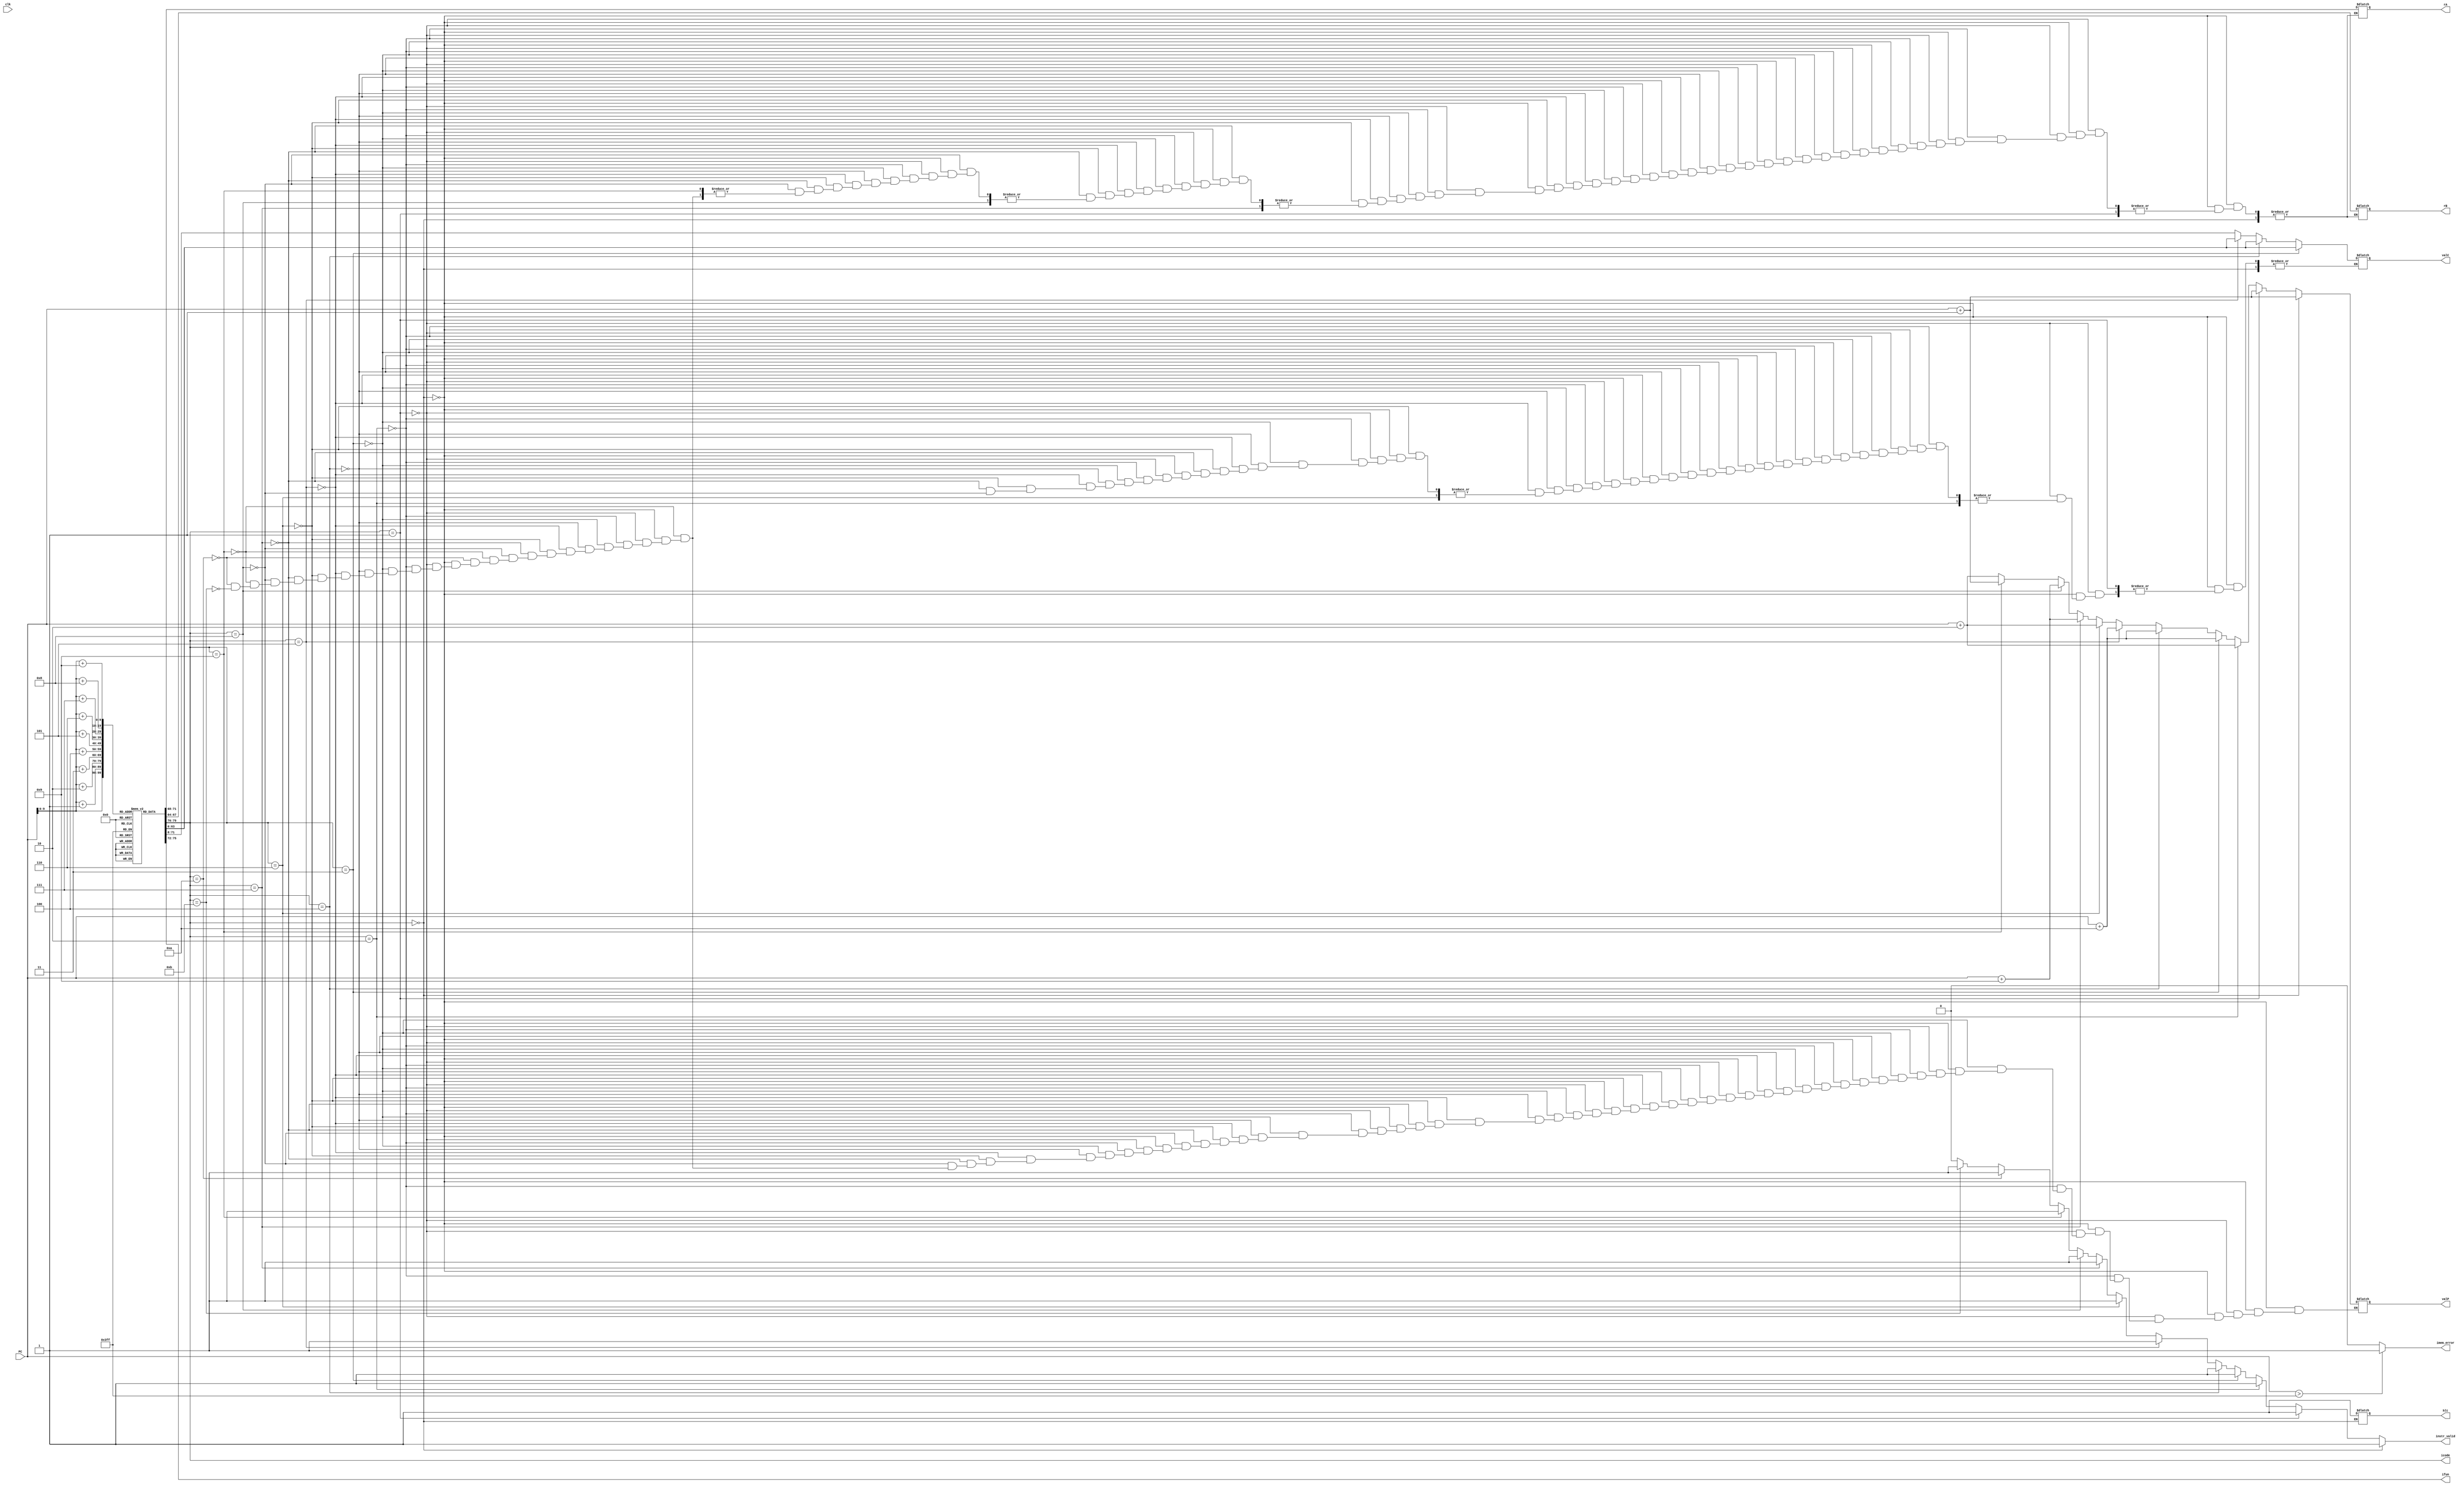
`timescale 1ns / 1ps

module fetch(
  clk,PC,
  icode,ifun,rA,rB,valC,valP,instr_valid,imem_error,hlt
);

  input clk;
  input [63:0] PC;
  output reg [3:0] icode;
  output reg [3:0] ifun;
  output reg [3:0] rA;
  output reg [3:0] rB; 
  output reg [63:0] valC;
  output reg [63:0] valP;
  output reg instr_valid;
  output reg imem_error;
  output reg hlt;

  reg [7:0] instr_mem[0:1023];

  reg [0:79] instr;

  initial begin
  //Instruction memory

  // //cmovxx
  //   instr_mem[0]=8'b00100000; //2 fn
  //   instr_mem[1]=8'b00010011; //rA rB

  // //irmovq
  //   instr_mem[2]= 8'b00110000; //3 0
  //   instr_mem[3]= 8'b00000010; //F rB
  //   instr_mem[4]= 8'b00000000; //V
  //   instr_mem[5]= 8'b00000000; //V
  //   instr_mem[6]= 8'b00000000; //V
  //   instr_mem[7]= 8'b00000000; //V
  //   instr_mem[8]= 8'b00000000; //V
  //   instr_mem[9]= 8'b00000000; //V
  //   instr_mem[10]=8'b00000000; //V
  //   instr_mem[11]=8'b00010001; //V

  // //rmmovq
  //   instr_mem[12]=8'b01000000; //4 0
  //   instr_mem[13]=8'b01010010; //rA rB
  //   instr_mem[14]=8'b00000000; //D
  //   instr_mem[15]=8'b00000000; //D
  //   instr_mem[16]=8'b00000000; //D
  //   instr_mem[17]=8'b00000000; //D
  //   instr_mem[18]=8'b00000000; //D
  //   instr_mem[19]=8'b00000000; //D
  //   instr_mem[20]=8'b00000000; //D
  //   instr_mem[21]=8'b00000001; //D

  // //mrmovq
  //   instr_mem[22]=8'b01010000; //5 0
  //   instr_mem[23]=8'b01110010; //rA rB
  //   instr_mem[24]=8'b00000000; //D
  //   instr_mem[25]=8'b00000000; //D
  //   instr_mem[26]=8'b00000000; //D
  //   instr_mem[27]=8'b00000000; //D
  //   instr_mem[28]=8'b00000000; //D
  //   instr_mem[29]=8'b00000000; //D
  //   instr_mem[30]=8'b00000000; //D
  //   instr_mem[31]=8'b00000001; //D

  // //halt
  //   instr_mem[32]=8'b00000000; // 0 0
  
  instr_mem[31]=8'b00010000;
  //OPq
    instr_mem[32]=8'b01100000; //5 fn
    instr_mem[33]=8'b00100011; //rA rB

  //jxx
    instr_mem[34]=8'b01110000; //7 fn
    instr_mem[35]=8'b00000000; //Dest
    instr_mem[36]=8'b00000000; //Dest
    instr_mem[37]=8'b00000000; //Dest
    instr_mem[38]=8'b00000000; //Dest
    instr_mem[39]=8'b00000000; //Dest
    instr_mem[40]=8'b00000000; //Dest
    instr_mem[41]=8'b00000000; //Dest
    instr_mem[42]=8'b00100000; //Dest
  
  instr_mem[43]=8'b00010000; // 1 0
  instr_mem[44]=8'b00010000; // 1 0
  instr_mem[45]=8'b00010000; // 1 0
  instr_mem[46]=8'b00010000; // 1 0
  instr_mem[47]=8'b00010000; // 1 0
  instr_mem[48]=8'b00010000; // 1 0
  instr_mem[49]=8'b00010000; // 1 0
  
  //halt
    instr_mem[50]=8'b00000000; // 0 0
    
    // instr_mem[34]=8'b00010000; // 1 0
    // instr_mem[35]=8'b00010000; // 1 0

  // //cmovxx
  //   instr_mem[36]=8'b00100000; //2 fn
  //   instr_mem[37]=8'b00000100; //rA rB

  //   instr_mem[39]=8'b00010000; // 1 0
  //   instr_mem[40]=8'b00010000; // 1 0
  //   instr_mem[41]=8'b00010000; // 1 0
  //   instr_mem[42]=8'b00010000; // 1 0
  //   instr_mem[43]=8'b00010000; // 1 0
    // instr_mem[38]=8'b00010000; // 1 0
    // instr_mem[39]=8'b00010000; // 1 0
    // instr_mem[40]=8'b00010000; // 1 0
    // instr_mem[41]=8'b00010000; // 1 0
    // instr_mem[37]=8'b00010000; // 1 0

  


  // //call
  //   instr_mem[43]=8'b10000000; //8 0
  //   instr_mem[44]=8'b00000000; //Dest
  //   instr_mem[45]=8'b00000000; //Dest
  //   instr_mem[46]=8'b00000000; //Dest
  //   instr_mem[47]=8'b00000000; //Dest
  //   instr_mem[48]=8'b00000000; //Dest
  //   instr_mem[49]=8'b00000000; //Dest
  //   instr_mem[50]=8'b00000000; //Dest
  //   instr_mem[51]=8'b00000000; //Dest

  // //ret
  //   instr_mem[52]=8'b10010000; // 9 0
    
  // //pushq
  //   instr_mem[53]=8'b10100000; //A 0
  //   instr_mem[54]=8'b00000000; //rA F

  // //popq
  //   instr_mem[55]=8'b10110000; //B 0
  //   instr_mem[56]=8'b00000000; //rA F

  // //nop
  //   instr_mem[57]=8'b00010000; //1 0

  // //halt
  //   instr_mem[58]=8'b00000000; // 0 0

// //main:
//   //irmovq $0x0, %rax
//   instr_mem[0]=8'b00110000; //3 0
//   instr_mem[1]=8'b00000000; //F rB=0
//   instr_mem[2]=8'b00000000;           
//   instr_mem[3]=8'b00000000;           
//   instr_mem[4]=8'b00000000;           
//   instr_mem[5]=8'b00000000;           
//   instr_mem[6]=8'b00000000;           
//   instr_mem[7]=8'b00000000;           
//   instr_mem[8]=8'b00000000;          
//   instr_mem[9]=8'b00000000; //V=0
//   //irmovq $0x10, %rdx
//   instr_mem[10]=8'b00110000; //3 0
//   instr_mem[11]=8'b00000010; //F rB=2
//   instr_mem[12]=8'b00000000;           
//   instr_mem[13]=8'b00000000;           
//   instr_mem[14]=8'b00000000;           
//   instr_mem[15]=8'b00000000;           
//   instr_mem[16]=8'b00000000;           
//   instr_mem[17]=8'b00000000;           
//   instr_mem[18]=8'b00000000;          
//   instr_mem[19]=8'b00010000; //V=16
//   //irmovq $0xc, %rbx
//   instr_mem[20]=8'b00110000; //3 0
//   instr_mem[21]=8'b00000011; //F rB=3
//   instr_mem[22]=8'b00000000;           
//   instr_mem[23]=8'b00000000;           
//   instr_mem[24]=8'b00000000;           
//   instr_mem[25]=8'b00000000;           
//   instr_mem[26]=8'b00000000;           
//   instr_mem[27]=8'b00000000;           
//   instr_mem[28]=8'b00000000;          
//   instr_mem[29]=8'b00001100; //V=12
//   //jmp check
//   instr_mem[30]=8'b01110000; //7 fn
//   instr_mem[31]=8'b00000000; //Dest
//   instr_mem[32]=8'b00000000; //Dest
//   instr_mem[33]=8'b00000000; //Dest
//   instr_mem[34]=8'b00000000; //Dest
//   instr_mem[35]=8'b00000000; //Dest
//   instr_mem[36]=8'b00000000; //Dest
//   instr_mem[37]=8'b00000000; //Dest
//   instr_mem[38]=8'b00100111; //Dest=39

// // check:
//   // addq %rax, %rbx 
//   instr_mem[39]=8'b01100000; //5 fn
//   instr_mem[40]=8'b00000011; //rA=0 rB=3
//   // je rbxres  
//   instr_mem[41]=8'b01110011; //7 fn=3
//   instr_mem[42]=8'b00000000; //Dest
//   instr_mem[43]=8'b00000000; //Dest
//   instr_mem[44]=8'b00000000; //Dest
//   instr_mem[45]=8'b00000000; //Dest
//   instr_mem[46]=8'b00000000; //Dest
//   instr_mem[47]=8'b00000000; //Dest
//   instr_mem[48]=8'b00000000; //Dest
//   instr_mem[49]=8'b01111010; //Dest=122
//   // addq %rax, %rdx
//   instr_mem[50]=8'b01100000; //5 fn
//   instr_mem[51]=8'b00000010; //rA=0 rB=2
//   // je rdxres 
//   instr_mem[52]=8'b01110011; //7 fn=3
//   instr_mem[53]=8'b00000000; //Dest
//   instr_mem[54]=8'b00000000; //Dest
//   instr_mem[55]=8'b00000000; //Dest
//   instr_mem[56]=8'b00000000; //Dest
//   instr_mem[57]=8'b00000000; //Dest
//   instr_mem[58]=8'b00000000; //Dest
//   instr_mem[59]=8'b00000000; //Dest
//   instr_mem[60]=8'b01111101; //Dest=125
//   // jmp loop2 
//   instr_mem[61]=8'b01110000; //7 fn=0
//   instr_mem[62]=8'b00000000; //Dest
//   instr_mem[63]=8'b00000000; //Dest
//   instr_mem[64]=8'b00000000; //Dest
//   instr_mem[65]=8'b00000000; //Dest
//   instr_mem[66]=8'b00000000; //Dest
//   instr_mem[67]=8'b00000000; //Dest
//   instr_mem[68]=8'b00000000; //Dest
//   instr_mem[69]=8'b01000110; //Dest

// // loop2:
//   // rrmovq %rdx, %rsi 
//   instr_mem[70]=8'b00100000; //2 fn=0
//   instr_mem[71]=8'b00100110; //rA=2 rB=6
//   // rrmovq %rbx, %rdi
//   instr_mem[72]=8'b00100000; //2 fn=0
//   instr_mem[73]=8'b00110111; //rA=3 rB=7
//   // subq %rbx, %rsi
//   instr_mem[74]=8'b01100001; //5 fn=1
//   instr_mem[75]=8'b00110110; //rA=3 rB=6
//   // jge ab1  
//   instr_mem[76]=8'b01110001; //7 fn=5
//   instr_mem[77]=8'b00000000; //Dest
//   instr_mem[78]=8'b00000000; //Dest
//   instr_mem[79]=8'b00000000; //Dest
//   instr_mem[80]=8'b00000000; //Dest
//   instr_mem[81]=8'b00000000; //Dest
//   instr_mem[82]=8'b00000000; //Dest
//   instr_mem[83]=8'b00000000; //Dest
//   instr_mem[84]=8'b01100000; //Dest=96
//   // subq %rdx, %rdi 
//   instr_mem[85]=8'b01100001; //5 fn
//   instr_mem[86]=8'b00100111; //rA=2 rB=7
//   // jge ab2
//   instr_mem[87]=8'b01110001; //7 fn=5
//   instr_mem[88]=8'b00000000; //Dest
//   instr_mem[89]=8'b00000000; //Dest
//   instr_mem[90]=8'b00000000; //Dest
//   instr_mem[91]=8'b00000000; //Dest
//   instr_mem[92]=8'b00000000; //Dest
//   instr_mem[93]=8'b00000000; //Dest
//   instr_mem[94]=8'b00000000; //Dest
//   instr_mem[95]=8'b01101101; //Dest=109

// // ab1:
//   // rrmovq %rbx, %rdx
//   instr_mem[96]=8'b00100000; //2 fn=0
//   instr_mem[97]=8'b00110010; //rA=3 rB=2
//   // rrmovq %rsi, %rbx
//   instr_mem[98]=8'b00100000; //2 fn=0
//   instr_mem[99]=8'b01100011; //rA=6 rB=3
//   // jmp check
//   instr_mem[100]=8'b01110000; //7 fn=0
//   instr_mem[101]=8'b00000000; //Dest
//   instr_mem[102]=8'b00000000; //Dest
//   instr_mem[103]=8'b00000000; //Dest
//   instr_mem[104]=8'b00000000; //Dest
//   instr_mem[105]=8'b00000000; //Dest
//   instr_mem[106]=8'b00000000; //Dest
//   instr_mem[107]=8'b00000000; //Dest
//   instr_mem[108]=8'b00100111; //Dest=39

// // ab2:
//   // rrmovq %rbx, %rdx
//   instr_mem[109]=8'b00100000; //2 fn=0
//   instr_mem[110]=8'b00110010; //rA=3 rB=2
//   // rrmovq %rdi, %rbx
//   instr_mem[111]=8'b00100000; //2 fn=0
//   instr_mem[112]=8'b01110011; //rA=7 rB=3
//   // jmp check
//   instr_mem[113]=8'b01110000; //7 fn=0
//   instr_mem[114]=8'b00000000; //Dest
//   instr_mem[115]=8'b00000000; //Dest
//   instr_mem[116]=8'b00000000; //Dest
//   instr_mem[117]=8'b00000000; //Dest
//   instr_mem[118]=8'b00000000; //Dest
//   instr_mem[119]=8'b00000000; //Dest
//   instr_mem[120]=8'b00000000; //Dest
//   instr_mem[121]=8'b00100111; //Dest=39

// // rbxres:
//   // rrmovq %rdx, %rcx
//   instr_mem[122]=8'b00100000; //2 fn=0
//   instr_mem[123]=8'b00100001; //rA=2 rB=1
//   // halt
//   instr_mem[124]=8'b00000000;

// // rdxres:
//   // rrmovq %rbx, %rcx
//   instr_mem[125]=8'b00100000; //2 fn=0
//   instr_mem[126]=8'b00110001; //rA=3 rB=1
//   // halt
//   instr_mem[127]=8'b00000000;

  end  

  always@(*) 
  begin 

    imem_error=0;
    if(PC>1023)
    begin
      imem_error=1;
    end

    instr={
      instr_mem[PC],
      instr_mem[PC+1],
      instr_mem[PC+2],
      instr_mem[PC+3],
      instr_mem[PC+4],
      instr_mem[PC+5],
      instr_mem[PC+6],
      instr_mem[PC+7],
      instr_mem[PC+8],
      instr_mem[PC+9]
    };

    icode= instr[0:3];
    ifun= instr[4:7];

    instr_valid=1'b1;

    if(icode==4'b0000) //halt
    begin
      hlt=1;
      valP=PC+64'd1;
    end
    else if(icode==4'b0001) //nop
    begin
      valP=PC+64'd1;
    end
    else if(icode==4'b0010) //cmovxx
    begin
      rA=instr[8:11];
      rB=instr[12:15];
      valP=PC+64'd2;
    end
    else if(icode==4'b0011) //irmovq
    begin
      rA=instr[8:11];
      rB=instr[12:15];
      valC=instr[16:79];
      valP=PC+64'd10;
    end
    else if(icode==4'b0100) //rmmovq
    begin
      rA=instr[8:11];
      rB=instr[12:15];
      valC=instr[16:79];
      valP=PC+64'd10;
    end
    else if(icode==4'b0101) //mrmovq
    begin
      rA=instr[8:11];
      rB=instr[12:15];
      valC=instr[16:79];
      valP=PC+64'd10;
    end
    else if(icode==4'b0110) //OPq
    begin
      rA=instr[8:11];
      rB=instr[12:15];
      valP=PC+64'd2;
    end
    else if(icode==4'b0111) //jxx
    begin
      valC=instr[8:71];
      valP=PC+64'd9;
    end
    else if(icode==4'b1000) //call
    begin
      valC=instr[8:71];
      valP=PC+64'd9;
    end
    else if(icode==4'b1001) //ret
    begin
      valP=PC+64'd1;
    end
    else if(icode==4'b1010) //pushq
    begin
      rA=instr[8:11];
      rB=instr[12:15];
      valP=PC+64'd2;
    end
    else if(icode==4'b1011) //popq
    begin
      rA=instr[8:11];
      rB=instr[12:15];
      valP=PC+64'd2;
    end
    else 
    begin
      instr_valid=1'b0;
    end
  end

endmodule